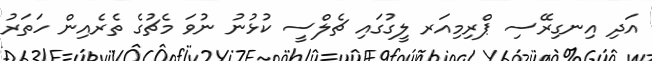
އަދި އިނގިރޭސި ޕްރިމިއަރ ލީގުގައި ޗެލްސީ ކުޅުނު ނުވަ މެޗުގެ ތެރެއިން ހަތަރު